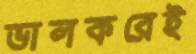
ভালকরেই